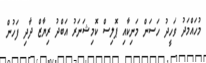
މުހައްމަދު ވަހީދު ހަސަން މަނިކާއި ޕޮލިސް ކޮމިޝަނަރު އަބްދު ރިޔާޒް ދާދި ފަހުން